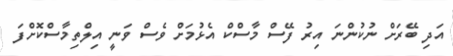
އަދި ބޭރަށް ނުކުންނަ އިރު ފޭސް މާސްކް އެޅުމަށް ވެސް ވަނީ އިލްތިމާސްކޮށްފަ